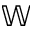
\mathbb { W }